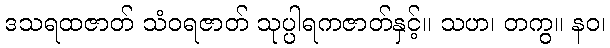
ဒသရထဇာတ် သံဝရဇာတ် သုပ္ပါရကဇာတ်နှင့်။ သဟ၊ တကွ။ နဝ၊